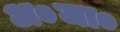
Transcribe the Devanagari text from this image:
अ०जा०